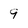
Character: 9